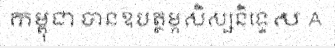
កម្ពុជា បានឧបត្ថម្ភសិស្សនិទ្ទេស A